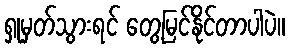
ရှုမှတ်သွားရင် တွေ့မြင်နိုင်တာပါပဲ။